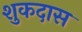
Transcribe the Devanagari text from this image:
शुकदास